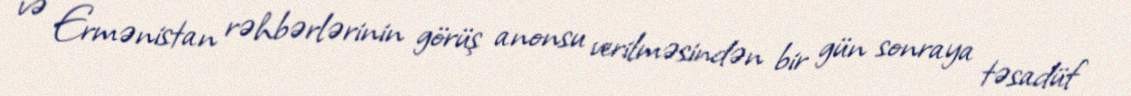
və Ermənistan rəhbərlərinin görüş anonsu verilməsindən bir gün sonraya təsadüf